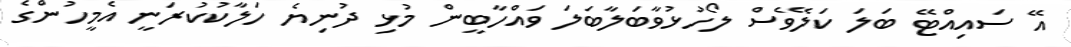
އޭ ސައިއްޓޭ ބަލަ ކަލޭވެސް ލޯހުޅުވާބަލާބަލަ ވައްހާބީން މުޅި ދުނިޔެ ހަލާކުކުރަނީ އެމީހުންގެ